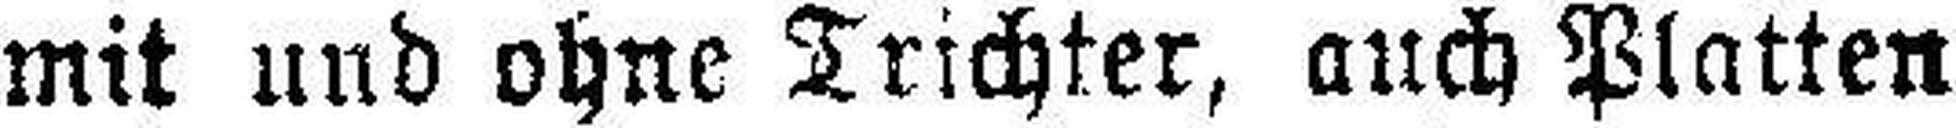
mit und ohne Trichter, auch Platten